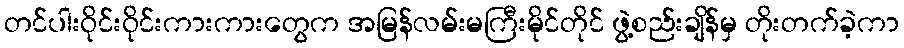
တင်ပါးဝိုင်းဝိုင်းကားကားတွေက အမြန်လမ်းမကြီးမိုင်တိုင် ဖွဲ့စည်းချိန်မှ တိုးတက်ခဲ့ကာ